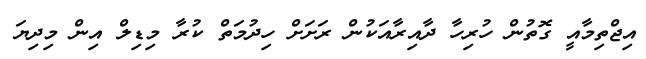
އިޖްތިމާއީ ގޮތުން ހުރިހާ ދާއިރާއަކުން ރަށަށް ހިދުމަތް ކުރާ މިޑިލް އިން މިދިޔަ